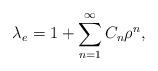
LaTeX: \begin{align*}\lambda_e = 1+\sum_{n=1}^{\infty} C_n \rho^n,\end{align*}